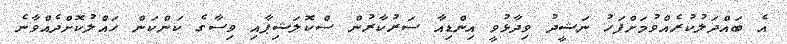
އެ ބައްދަލުކުރެއްވުމަށްފަހު ނަޝީދު ވިދާޅުވީ އިންޑިއާ ސަރުކާރުން ސްކޮލަޝިޕާއި ވިސާގެ ކަންކަން ހައްލުކޮށްދެއްވާނެ